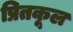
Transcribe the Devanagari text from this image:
प्रितकूल